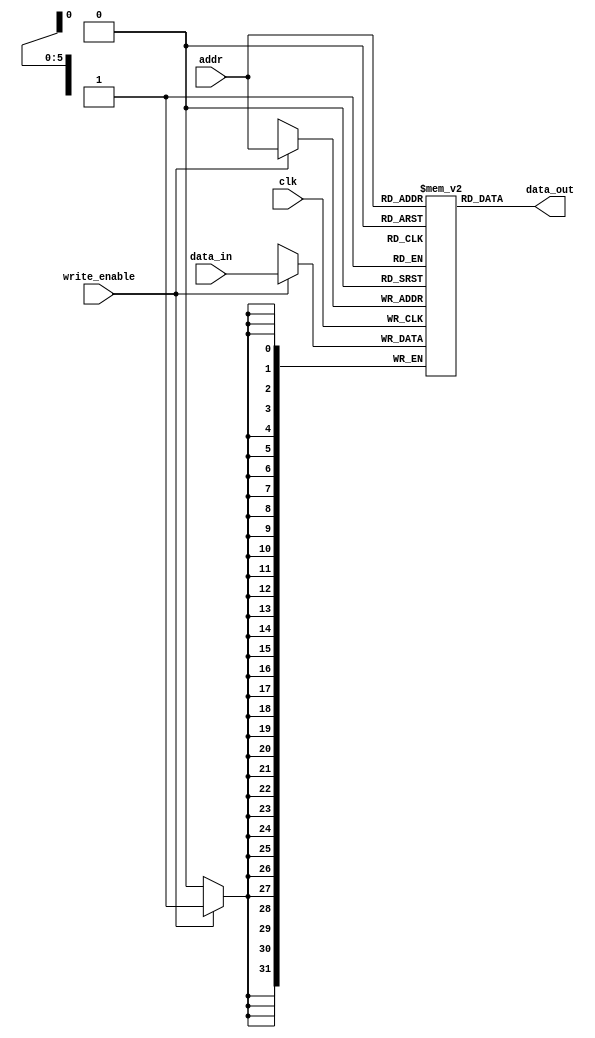
module dmem (
    input clk,  // clock
    input wire [5:0] addr,  // address
    input wire [31:0] data_in,  // data to be written
    input wire write_enable,  // write enable
    output wire [31:0] data_out  // data to be read
    );

    reg [31:0] mem [0:63];  // memory

    assign data_out = mem[addr];  // assign data_out

    // print data to memory
    always @(posedge clk) begin
        if (write_enable) begin
            mem[addr] <= data_in;
        end
    end

endmodule